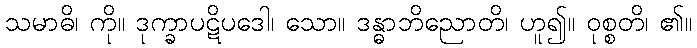
သမာဓိ၊ ကို။ ဒုက္ခာပဋိပဒေါ၊ သော။ ဒန္ဓာဘိညောတိ၊ ဟူ၍။ ဝုစ္စတိ၊ ၏။